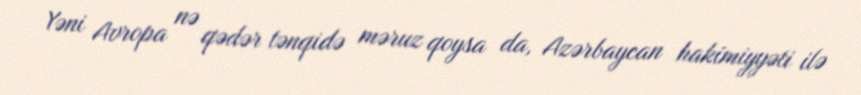
Yəni Avropa nə qədər tənqidə məruz qoysa da, Azərbaycan hakimiyyəti ilə